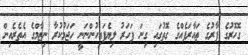
ގޮހޮރުގެ ފާރުގެ ތައާރަފެއްގެ ގޮތުގައި ގިނަ ފަހަރު ލިޔެފައިހުންނަނީ ހަޖަމުކުރާ ނިޒާމްގެ އެތެރެއިން